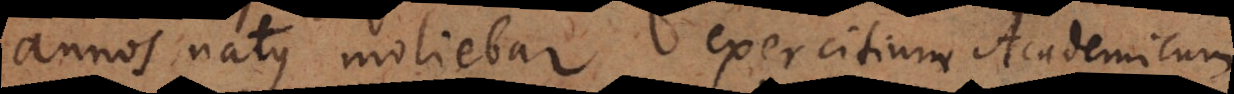
annos natus moliebar exercitium Academicum